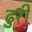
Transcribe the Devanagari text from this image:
ढुरी